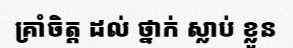
គ្រាំចិត្ត ដល់ ថ្នាក់ ស្លាប់ ខ្លួន